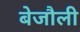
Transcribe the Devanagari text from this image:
बेजौली